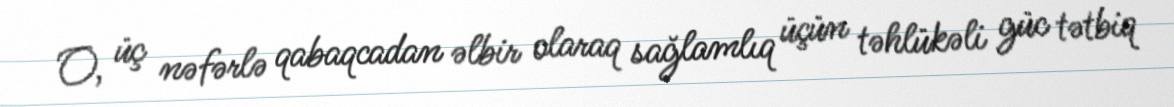
O, üç nəfərlə qabaqcadan əlbir olaraq sağlamlıq üçün təhlükəli güc tətbiq